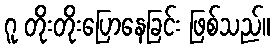
ဂူ တိုးတိုးပြောနေခြင်း ဖြစ်သည်။